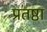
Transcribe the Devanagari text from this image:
प्रतष्ठा